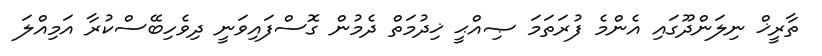
ތާރީޚް ނިލަންދޫގައި އެންމެ ފުރަތަމަ ޞިއްޙީ ޚިދުމަތް ދެމުން ގޮސްފައިވަނީ ދިވެހިބޭސްކުރާ އަމިއްލަ